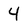
Character: 4